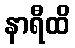
နာရီထိ